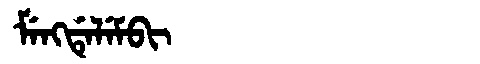
Manchu: ᠮᡝᠩᡩᡝᠯᡝᠮᠪᡳ
Romanization: MENGDELEMBI